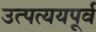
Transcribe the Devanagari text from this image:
उत्पत्ययपूर्व